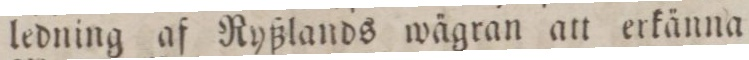
ledning af Ryßlands wägran att erkänna